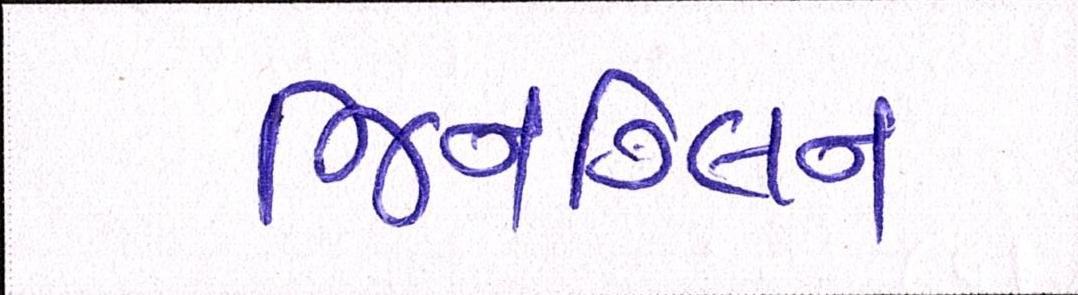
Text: જિનગ્લિન